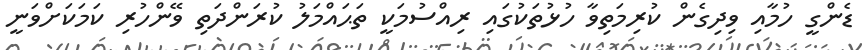
ޑެންގީ ހުމާއި ވިދިގެން ކުރިމަތިވާ ހުޅުތަކުގައި ރިއްސުމަކީ ތަޙައްމަލު ކުރަންދަތި ވޭންހުރި ކަމަކަށްވަނީ